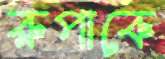
রুপাকে